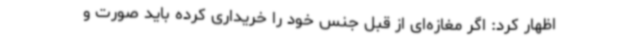
اظهار کرد: اگر مغازه‌ای از قبل جنس خود را خریداری کرده باید صورت و